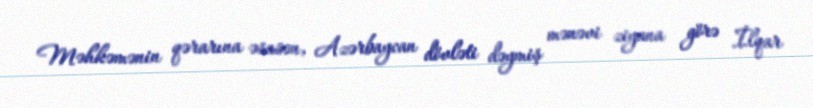
Məhkəmənin qərarına əsasən, Azərbaycan dövləti dəymiş mənəvi ziyana görə İlqar